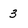
Character: 3